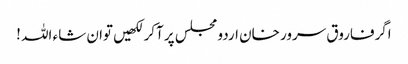
اگرفاروق سرور خان اردو مجلس پر آکر لکھیں توان شاء اللہ !